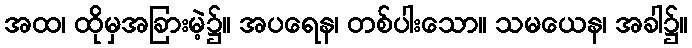
အထ၊ ထိုမှအခြားမဲ့၌။ အပရေန၊ တစ်ပါးသော။ သမယေန၊ အခါ၌။